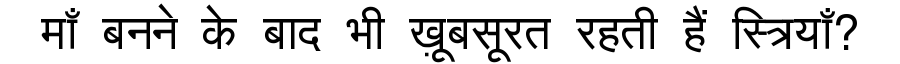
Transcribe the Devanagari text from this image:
माँ बनने के बाद भी ख़ूबसूरत रहती हैं स्त्रियाँ?